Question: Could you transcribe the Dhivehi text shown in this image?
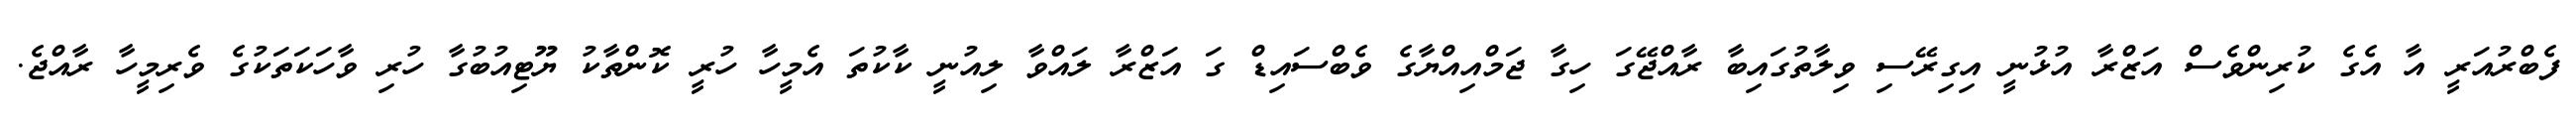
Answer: ފެބްރުއަރީ އާ އެގެ ކުރިންވެސް އަޒްރާ އުޅުނީ އިގިރޭސި ވިލާތުގައިބާ ރާއްޖޭގަ ހިގާ ޖަމްއިއްޔާގެ ވެބްސައިޑް ގަ އަޒްރާ ލައްވާ ލިއުނީ ކާކުތަ އެމީހާ ހުރީ ކޮންތާކު ޔޫޓިއުބުގާ ހުރި ވާހަކަތަކުގެ ވެރިމީހާ ރާއްޖެ.